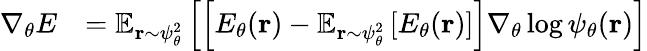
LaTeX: \begin{array}{rl}{\nabla_{\theta}E}&{=\mathbb{E}_{{\mathbf{r}}\sim\psi_{\theta}^{2}}\left[\left[E_{\theta}({\mathbf{r}})-\mathbb{E}_{{\mathbf{r}}\sim\psi_{\theta}^{2}}\left[E_{\theta}({\mathbf{r}})\right]\right]\nabla_{\theta}\log\psi_{\theta}({\mathbf{r}})\right]}\end{array}